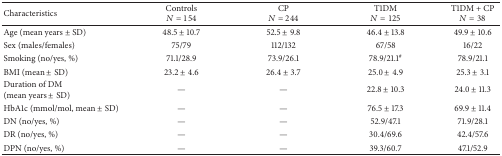
| Characteristics | ControlsN = 154 | CPN = 244 | T1DMN = 125 | T1DM + CPN = 38 |
 | --- | --- | --- | --- | --- |
 | Age (mean years ± SD) | 48.5 ± 10.7 | 52.5 ± 9.8 | 46.4 ± 13.8 | 49.9 ± 10.6 |
 | Sex (males/females) | 75/79 | 112/132 | 67/58 | 16/22 |
 | Smoking (no/yes, %) | 71.1/28.9 | 73.9/26.1 | 78.9/21.1# | 78.9/21.1 |
 | BMI (mean ± SD) | 23.2 ± 4.6 | 26.4 ± 3.7 | 25.0 ± 4.9 | 25.3 ± 3.1 |
 | Duration of DM(mean years ± SD) | — | — | 22.8 ± 10.3 | 24.0 ± 11.3 |
 | HbA1c (mmol/mol, mean ± SD) | — | — | 76.5 ± 17.3 | 69.9 ± 11.4 |
 | DN (no/yes, %) | — | — | 52.9/47.1 | 71.9/28.1 |
 | DR (no/yes, %) | — | — | 30.4/69.6 | 42.4/57.6 |
 | DPN (no/yes, %) | — | — | 39.3/60.7 | 47.1/52.9 |